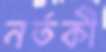
নর্তকী